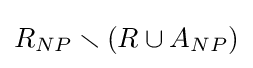
R_{NP}\smallsetminus (R\cup A_{NP})